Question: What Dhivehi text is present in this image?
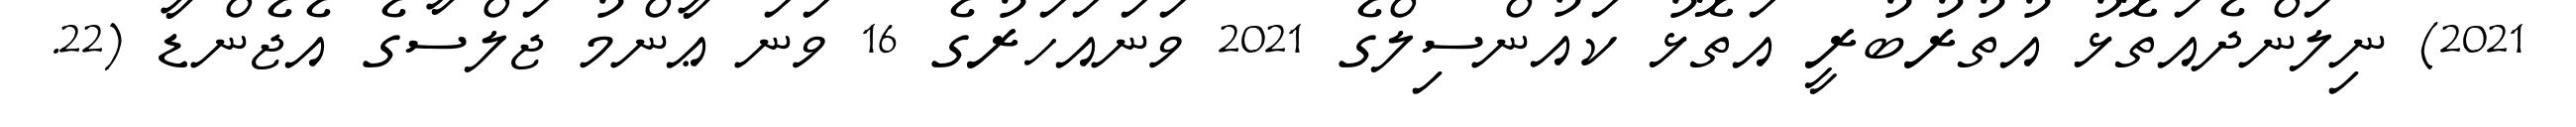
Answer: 2021) ނިލަންދެއަތޮޅު އުތުރުބުރީ އަތޮޅު ކައުންސިލްގެ 2021 ވަނައަހަރުގެ 16 ވަނަ ޢާންމު ޖަލްސާގެ އެޖެންޑާ (22.